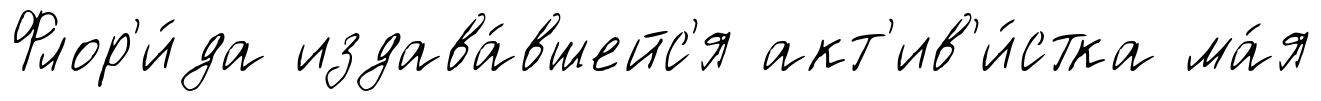
Флор'и́да издава́вшейс'я акт'ив'и́стка ма́я